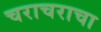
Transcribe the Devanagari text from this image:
चराचराचा